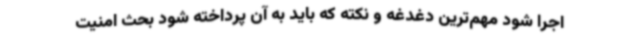
اجرا شود مهم‌ترین دغدغه و نکته که باید به آن پرداخته شود بحث امنیت